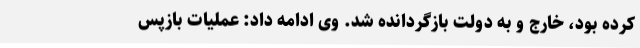
کرده بود، خارج و به دولت بازگردانده شد. وی ادامه داد: عملیات بازپس